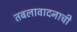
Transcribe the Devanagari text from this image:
तबलावादनाची